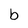
Character: b